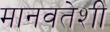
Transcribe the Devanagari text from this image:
मानवतेशी